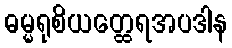
ဓမ္မရုစိယတ္ထေရအပဒါန